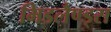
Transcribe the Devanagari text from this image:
मिडलैण्ड्स